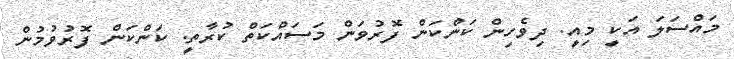
މައްސަލަ އަކީ މިއީ. ދިވެހިން ކަންކަން ފޮރުވަން މަސައްކަތް ކުރާތީ. ކަންކަން ފޮރުވުމުން